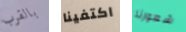
بالقرب اكتفينا شعورنا